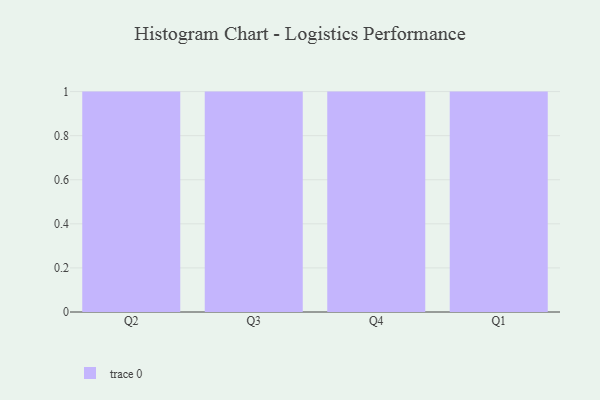
{"axis": {"x": "Quarter", "y": "Headcount"}, "legend": [""], "data": [{"x": "Q2", "y": 15, "type": ""}, {"x": "Q3", "y": 18, "type": ""}, {"x": "Q4", "y": 89, "type": ""}, {"x": "Q1", "y": 59, "type": ""}]}